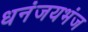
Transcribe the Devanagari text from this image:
धनंजयभंज